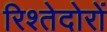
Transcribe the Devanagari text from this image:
रिश्तेदोरों